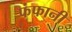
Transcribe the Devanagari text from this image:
फंफानी